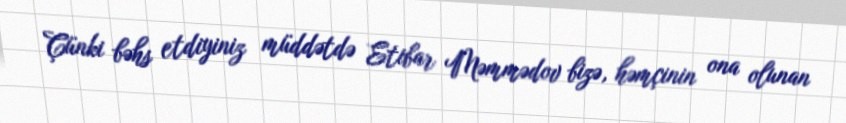
Çünki bəhs etdiyiniz müddətdə Etibar Məmmədov bizə, həmçinin ona olunan